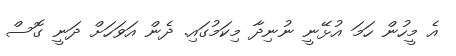
އެ މީހުން ހަމަ އުޅޭނީ ނުނިދާ މިކަމުގައި. ދެން އަވަހަށް ދަނީ ގޮސް